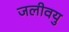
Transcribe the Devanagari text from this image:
जलीवयु